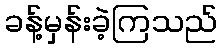
ခန့်မှန်းခဲ့ကြသည်